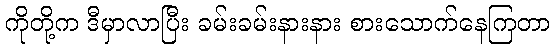
ကိုတို့က ဒီမှာလာပြီး ခမ်းခမ်းနားနား စားသောက်နေကြတာ